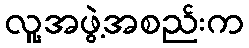
လူ့အဖွဲ့အစည်းက